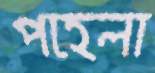
পহেলা